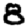
Digit: 8